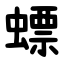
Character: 螵